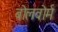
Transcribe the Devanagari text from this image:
बोलवोर्म